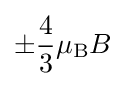
\pm {\frac {4}{3}}\mu _{\text{B}}B